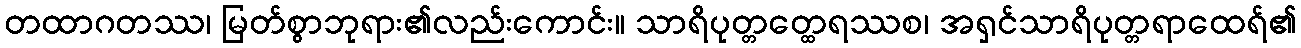
တထာဂတဿ၊ မြတ်စွာဘုရား၏လည်းကောင်း။ သာရိပုတ္တတ္ထေရဿစ၊ အရှင်သာရိပုတ္တရာထေရ်၏